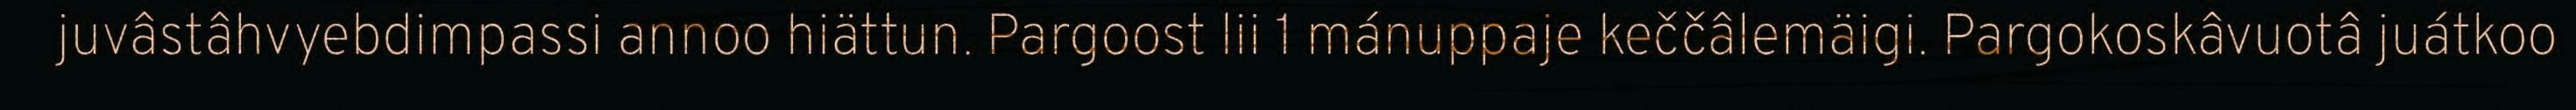
juvâstâhvyebdimpassi annoo hiättun. Pargoost lii 1 mánuppaje keččâlemäigi. Pargokoskâvuotâ juátkoo